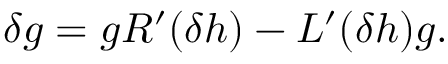
\delta g = g R ^ { \prime } ( \delta h ) - L ^ { \prime } ( \delta h ) g .